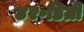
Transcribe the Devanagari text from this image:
४२॰डिग्री